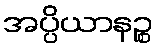
အပ္ပိယာနဉ္စ